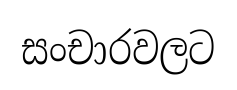
සංචාරවලට